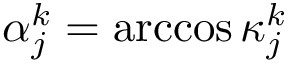
{ \alpha } _ { j } ^ { k } = \operatorname { a r c c o s } \kappa _ { j } ^ { k }